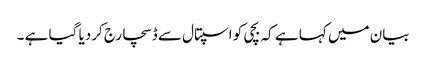
بیان میں کہا ہے کہ بچی کو اسپتال سے ڈسچارج کردیا گیا ہے ۔